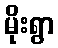
မိုးရွာ